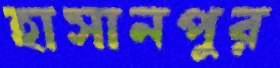
হাসানপুর